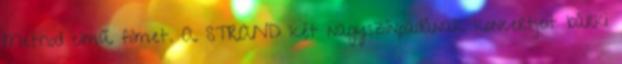
Method című filmet. A STRAND két nagyszínpadának koncertjeit bárki